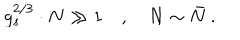
LaTeX: g _ { s } ^ { 2 / 3 } \cdot N \gg 1 \quad , \quad N \sim \bar { N } ~ .